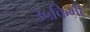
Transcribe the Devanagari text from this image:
३५किमी